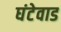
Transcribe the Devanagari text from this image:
घंटेवाड